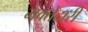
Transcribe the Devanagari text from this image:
मक्‍तेदारी